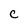
Character: c